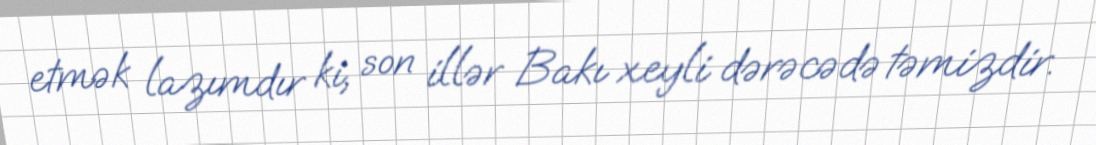
etmək lazımdır ki, son illər Bakı xeyli dərəcədə təmizdir.